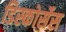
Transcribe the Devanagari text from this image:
डिस्कोर्सेस